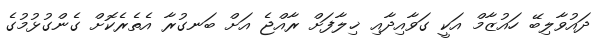
ދައުވާލިބޭ ހައުޒާމް އަކީ ގަވާއިދާއި ޚިލާފަށް ރާއްޖެ އަށް ބަނގުރާ އެތެރެކޮށް ގެންގުޅުމުގެ